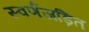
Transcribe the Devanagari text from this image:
स्‍वर्णजड़ित